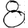
Digit: 8